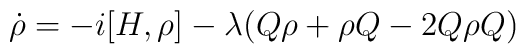
\dot{\rho} = -i[H,\rho] -  \lambda(Q \rho + \rho Q - 2Q \rho Q)